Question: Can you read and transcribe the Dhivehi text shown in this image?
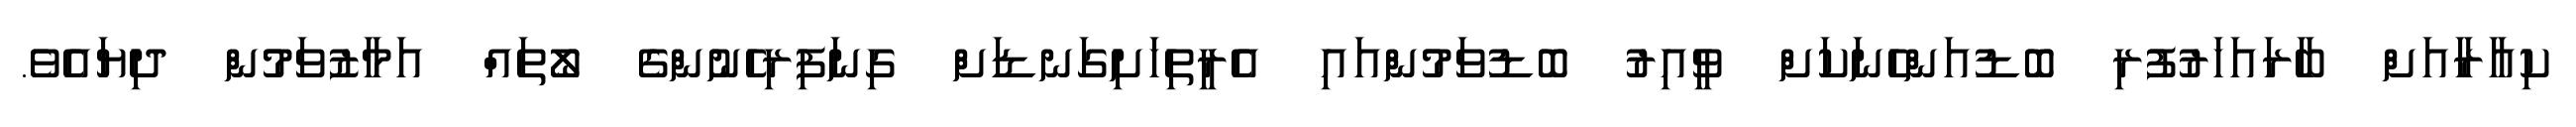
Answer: ކިއާރާއަށް ބާރައަހަރުފުރި ބޮޑުއަންހެނަކަށް ވީއިރު ބޮޑުވަމުންއައި އެރީތިހަށިގަނޑަށް ގިނަފިރިހެނުންގެ ލޯތައް އަމާޒުވަމުން ދިޔައެވެ.